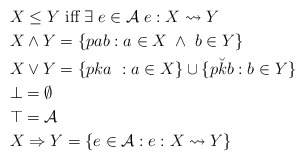
\begin{align*}& X\leq Y \mbox{ iff } \exists \; e\in \mathcal{A} \; e : X\leadsto Y \\& X \wedge Y = \{pab : a\in X \; \wedge \; b\in Y\} \\& X \vee Y = \{pka \ : a\in X\}\cup \{p\breve{k}b : b\in Y\} \\& \bot = \emptyset \\& \top = \mathcal{A} \\& X\Rightarrow Y = \{e\in \mathcal{A} : e:X\leadsto Y\} \end{align*}